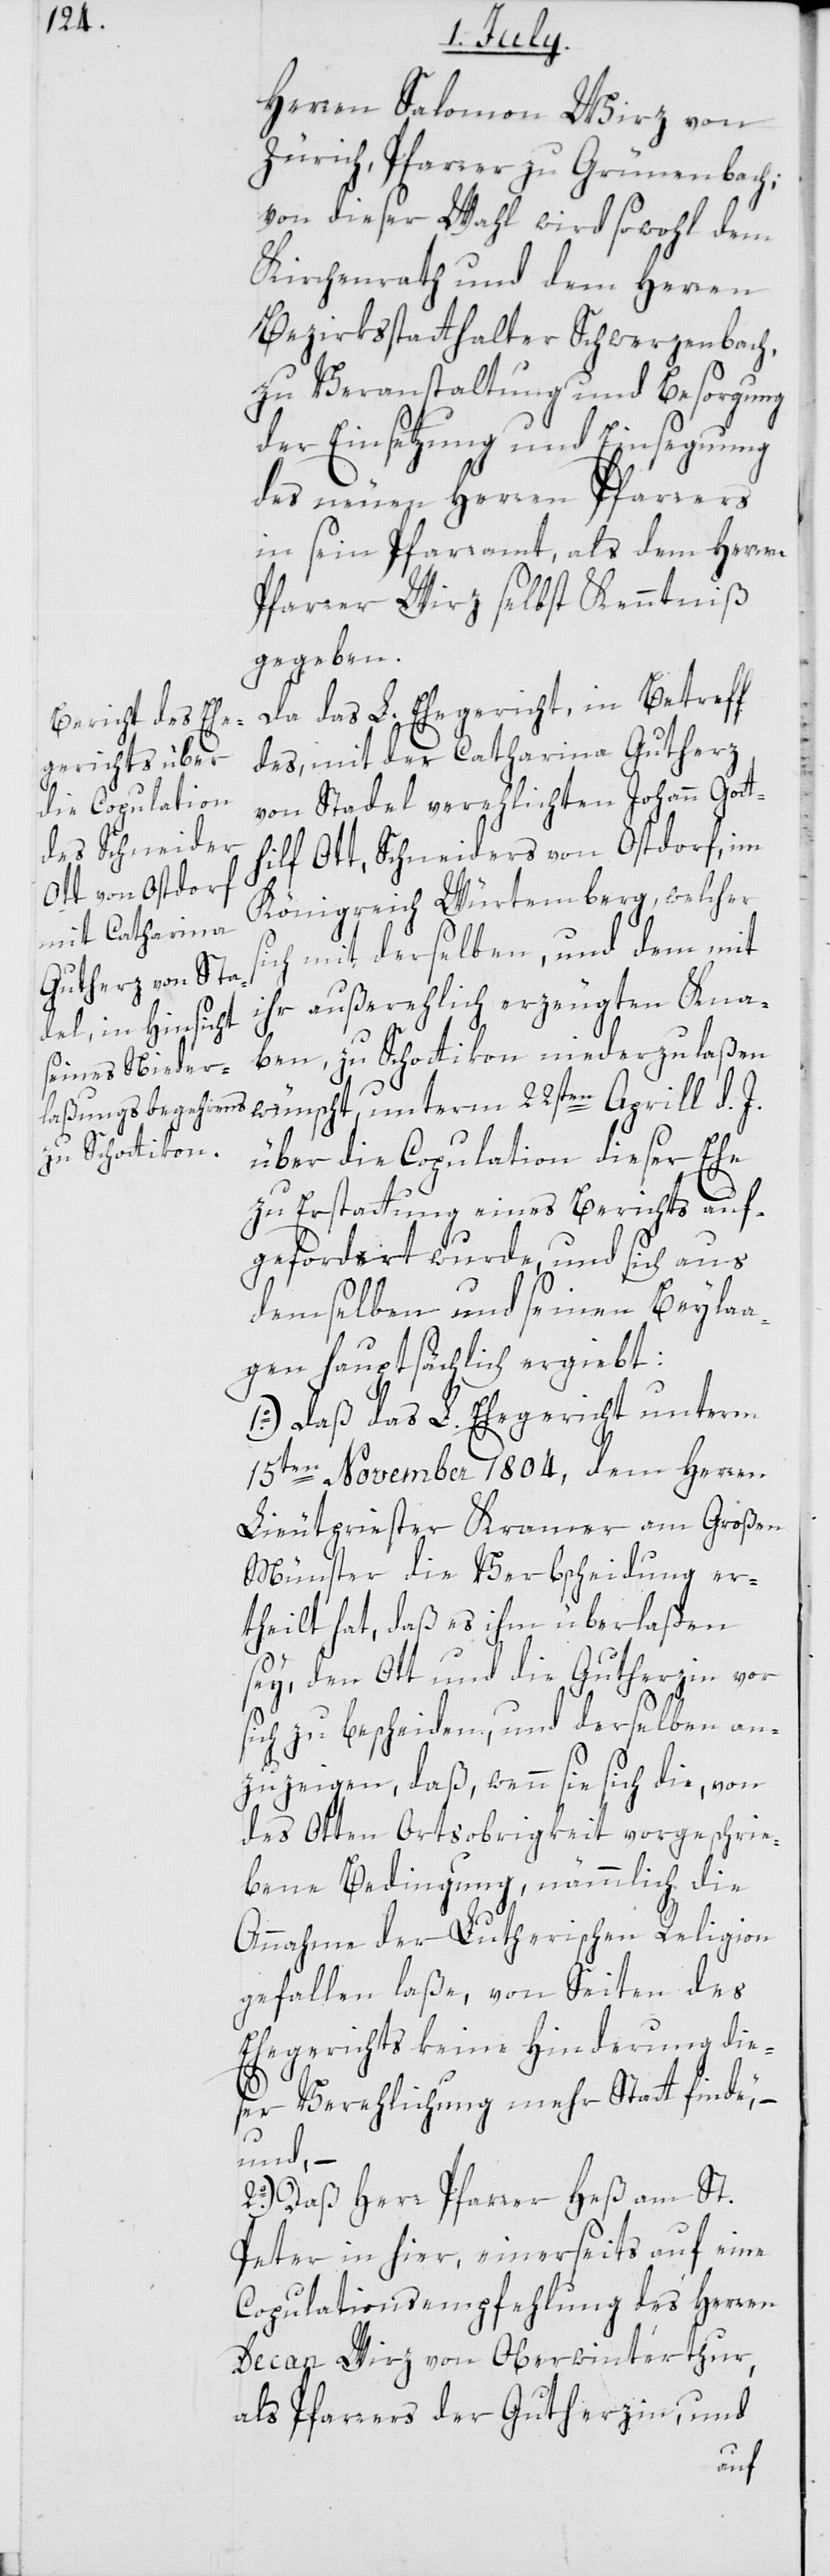
Herren Salomon Wirz von
Zürich, Pfarrer zu Grünenbach;
von dieser Wahl wird sowohl dem
Kirchenrath und dem Herren
Bezirksstatthalter Schwerzenbach,
zu Veranstaltung und Besorgung
der Einsetzung und Einsegnung
des neuen Herren Pfarrers
in sein Pfarramt, als dem Herren
Pfarrer Wirz selbst Kenntniß
gegeben.
Da das L. Ehegericht, in Betreff
des, mit der Catharina Gutherz
von Stadel verehelichten Johann Gott¬
hilf Ott, Schneiders von Ostdorf, im
Königreich Würtemberg, welcher
ich mit derselben, und dem mit
ihr außerehlich erzeugten Kna¬
ben, zu Schottikon niederzulaßen
wünscht, unterm 22sten Aprill d. J.
über die Copulation dieser Ehe
zu Erstattung eines Berichts auf¬
gefordert wurde, und sich aus
demselben und seinen Beylaa¬
gen hauptsächlich ergiebt:
1o.) Daß das L. Ehegericht unterm
15ten November 1804, dem Herren
Lieutpriester Kramer am Großen
Münster die Verbscheidung er¬
theilt hat, daß es ihm überlaßen
sey, den Ott und die Gutherzin vor
sich zu bescheiden, und derselben an¬
zuzeigen, daß, wenn sie sich die, von
des Otten Ortsobrigkeit vorgeschrie¬
bene Bedingung, nämmlich die
Annahme der Lutherischen Religion
gefallen laße, von Seiten des
Ehegerichts keine Hinderung die¬
ser Verehelichung mehr Statt finde,
und, –
2o.) Daß Herr Pfarrer Heß am St.
Peter in hier, einerseits auf eine
Copulationsempfehlung des Herren
Decan Wirz von Oberwinterthur,
als Pfarrers der Gutherzin, und
s¬